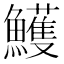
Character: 鱯